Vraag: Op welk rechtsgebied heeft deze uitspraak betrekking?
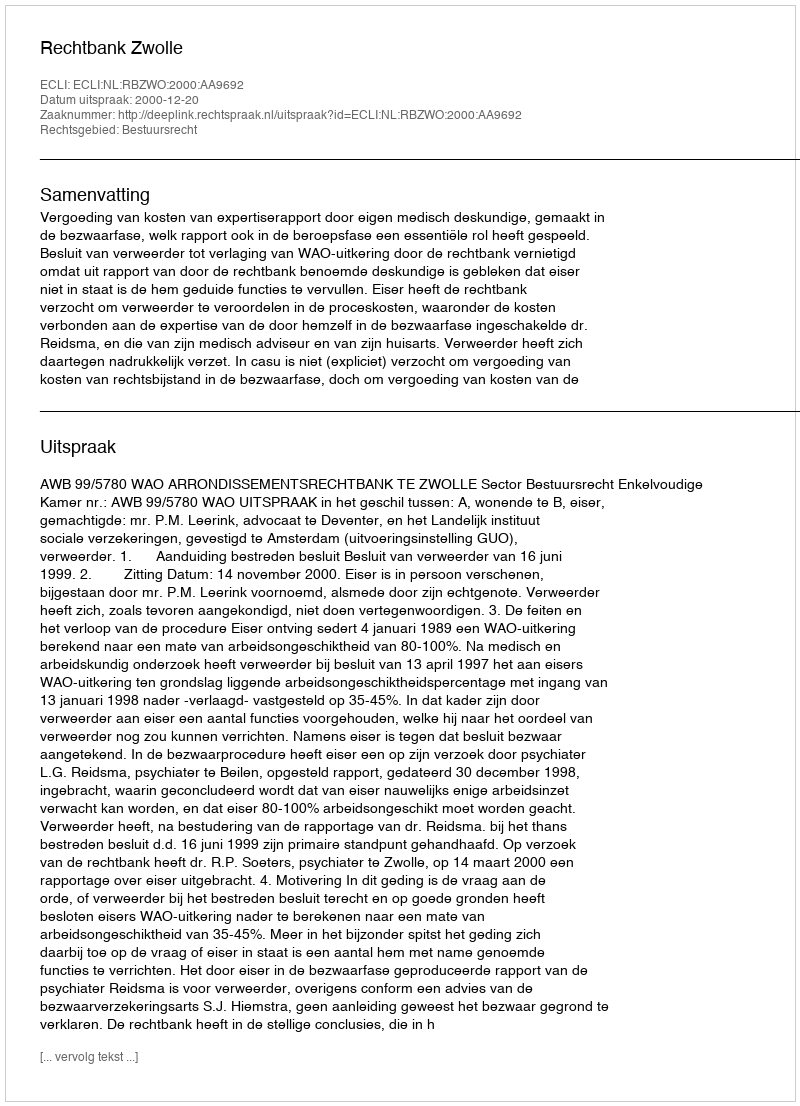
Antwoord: Bestuursrecht